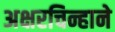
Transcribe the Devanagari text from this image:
अक्षरचिन्हाने